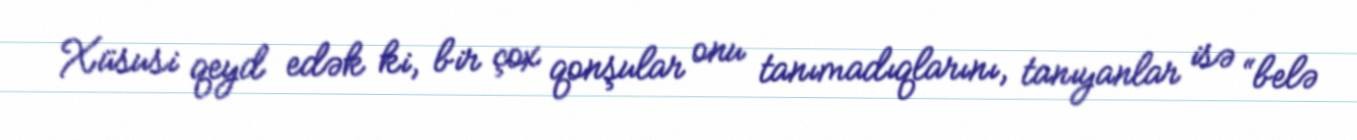
Xüsusi qeyd edək ki, bir çox qonşular onu tanımadıqlarını, tanıyanlar isə “belə